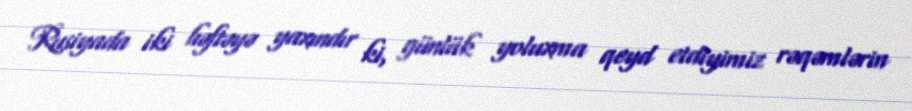
Rusiyada iki həftəyə yaxındır ki, günlük yoluxma qeyd etdiyimiz rəqəmlərin